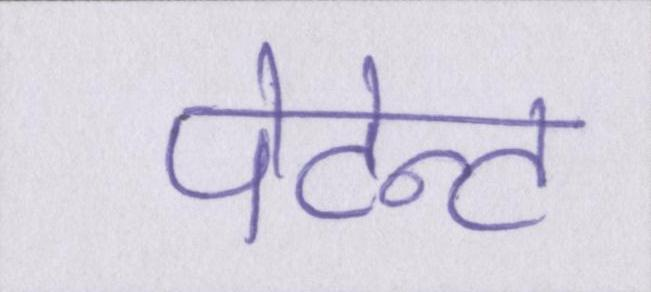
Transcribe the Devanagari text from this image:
पेटेन्ट